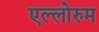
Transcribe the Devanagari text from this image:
एल्लोरुम